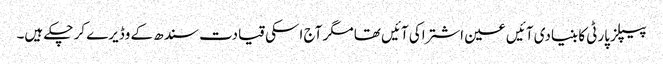
پیپلز پارٹی کا بنیادی آئیں عین اشتراکی آئیں تھا مگر آج اسکی قیادت سندھ کے وڈیرے کر چکے ہیں۔